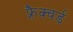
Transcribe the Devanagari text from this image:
फ़्रैक्चर्ड